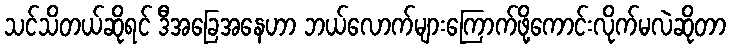
သင်သိတယ်ဆိုရင် ဒီအခြေအနေဟာ ဘယ်လောက်များကြောက်ဖို့ကောင်းလိုက်မလဲဆိုတာ